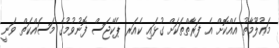
މަޢުލޫމާތު އެއްކޮށް އެ ފަރާތްތަކަށް ގުޅައި ކެއަރ ޕެކޭޖަސް ފޮނުވުމުގެ މަސައްކަތް ވަނީ